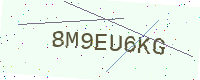
Text: 8M9EU6KG